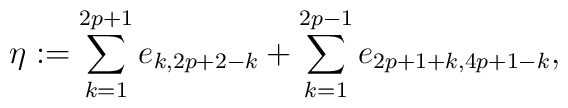
\eta:=\sum_{k=1}^{2p+1} e_{k, 2p+2-k} + \sum_{k=1}^{2p-1}e_{2p+1+k, 4p+1-k},